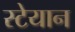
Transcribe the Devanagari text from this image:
स्टेयान